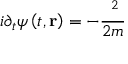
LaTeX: i \partial _ { t } \psi \left( t , \mathbf { r } \right) = - \frac { \mathbf { \nabla } ^ { 2 } } { 2 m }